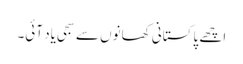
اچھے پاکستانی کھانوں سے سجی یاد آئی۔